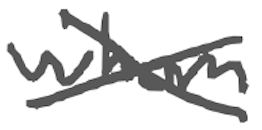
Text: whom
Cross-out: cross
Writing tool: digital_gray